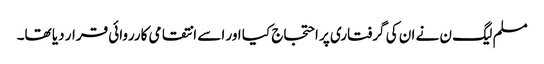
مسلم لیگ ن نے ان کی گرفتاری پر احتجاج کیا اور اسے انتقامی کارروائی قرار دیا تھا۔